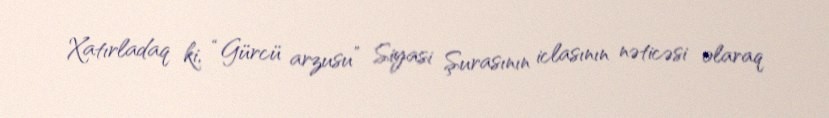
Xatırladaq ki, “Gürcü arzusu” Siyasi Şurasının iclasının nəticəsi olaraq